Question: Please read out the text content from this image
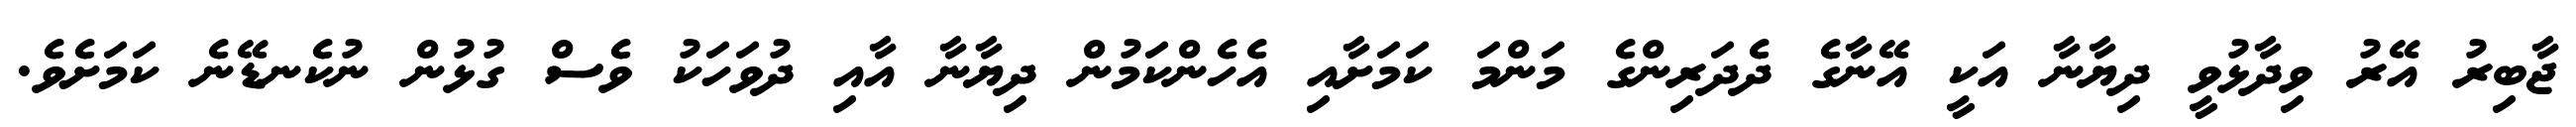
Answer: ޖާބިރު އޭރު ވިދާޅުވީ ދިޔާނާ އަކީ އޭނާގެ ދެދަރިންގެ މަންމަ ކަމަށާއި އެހެންކަމުން ދިޔާނާ އާއި ދުވަހަކު ވެސް ގުޅުން ނުކެނޑޭނެ ކަމަށެވެ.